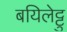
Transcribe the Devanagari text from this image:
बयिलेट्टु